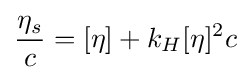
{\frac {\eta _{s}}{c}}=[\eta ]+k_{H}[\eta ]^{2}c